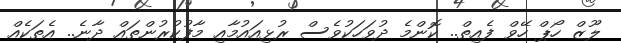
ލޫޒް ހޯޕް ހޭވް ފެއިތް.. ކޮންމެ ދުވަހަކުވެސް ރުޅިއައުމާއި މާފުކުރުންތައް ދާނެ.. އެތަކެއް